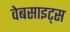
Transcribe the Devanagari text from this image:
वेबसाइट्‌स